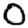
Digit: 0